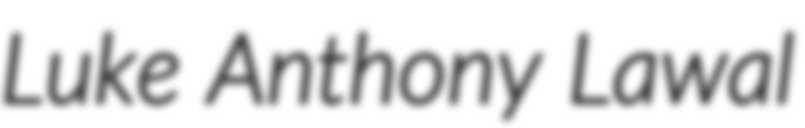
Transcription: Luke Anthony Lawal